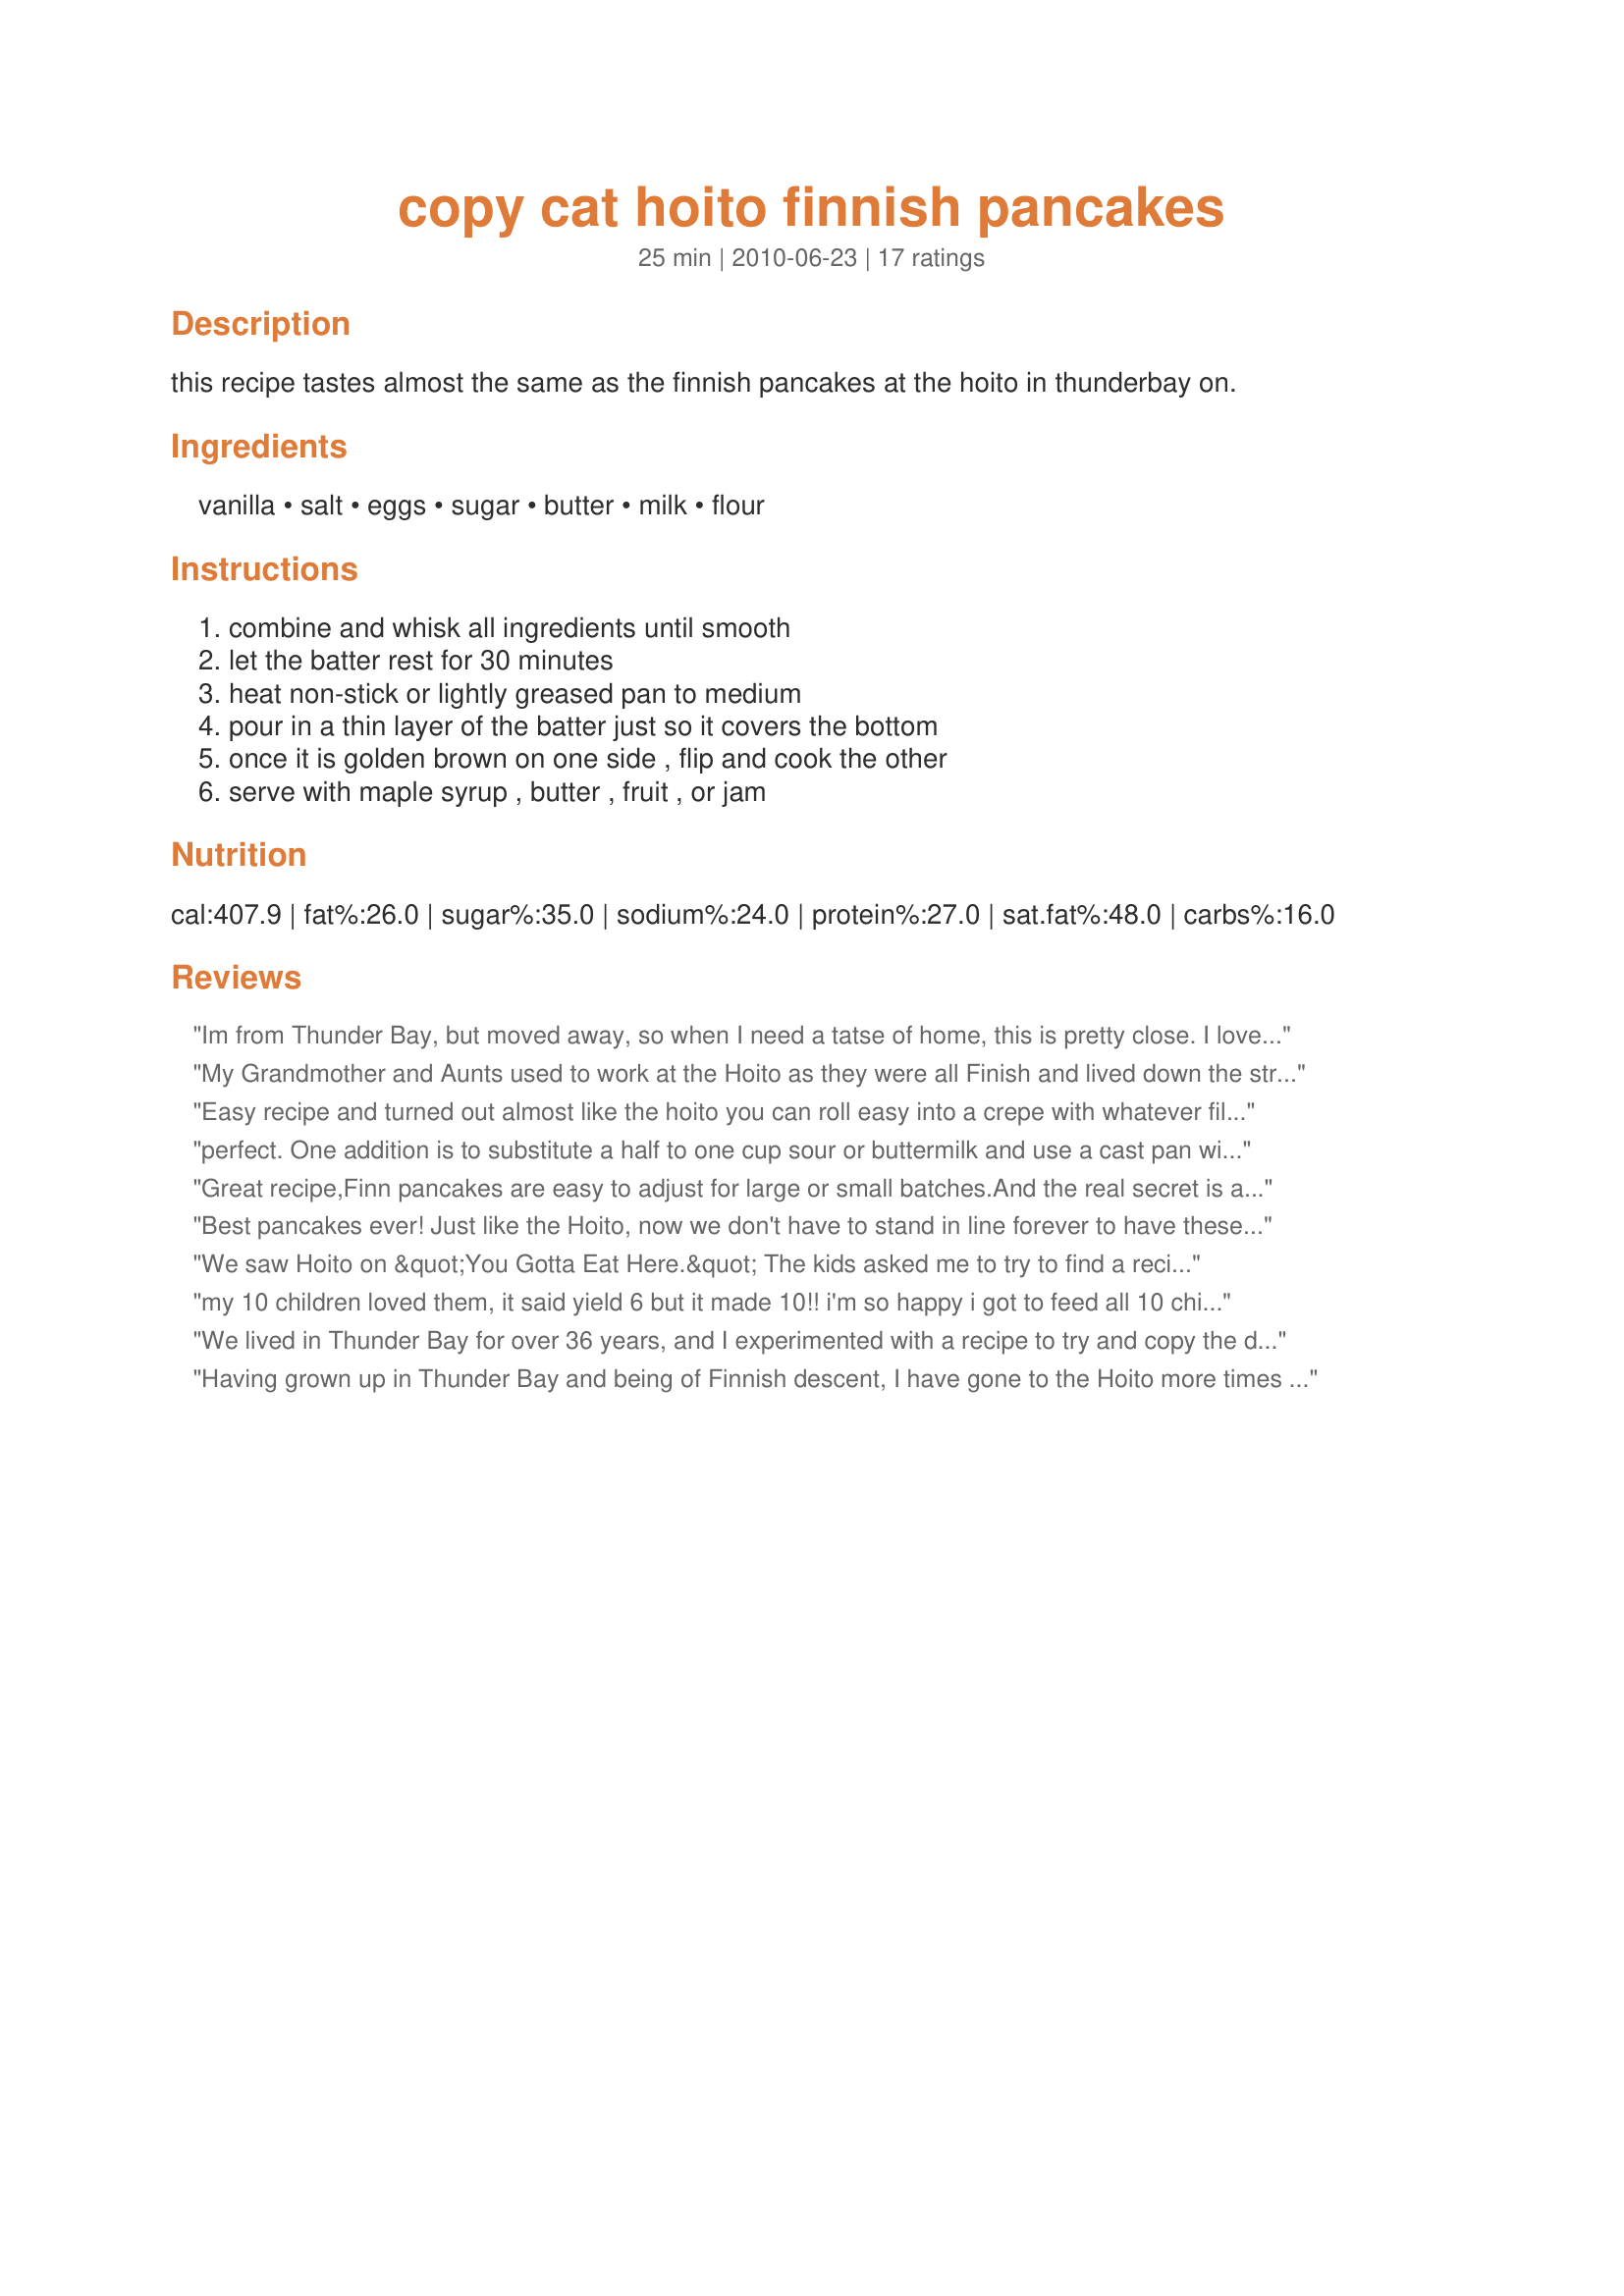
copy cat hoito finnish pancakes
Preparation time: 25 minutes

this recipe tastes almost the same as the finnish pancakes at the hoito in thunderbay on.

Ingredients:
vanilla, salt, eggs, sugar, butter, milk, flour

Steps:
combine and whisk all ingredients until smooth, let the batter rest for 30 minutes, heat non-stick or lightly greased pan to medium, pour in a thin layer of the batter just so it covers the bottom, once it is golden brown on one side , flip and cook the other, serve with maple syrup , butter , fruit , or jam

Reviews:
Im from Thunder Bay, but moved away, so when I need a tatse of home, this is pretty close. I love it!
My Grandmother and Aunts used to work at the Hoito as they were all Finish and lived down the street. Here&#039;s my Grandma&#039;s recipe I got out of her hand written recipe book. She once told me that the Hoito uses her Mom&#039;s recipe for pancakes. &lt;br/&gt;&lt;br/&gt;4 eggs&lt;br/&gt;2 cups Milk&lt;br/&gt;1 Cup Flour&lt;br/&gt;1 pinch baking soda&lt;br/&gt;1/2 tsp salt&lt;br/&gt;&lt;br/&gt;Throw it all in a blender and combine it all. Let it rest 1/2 hour or whatever.&lt;br/&gt;&lt;br/&gt;I&#039;ve never added butter to the batter but would try. I also add 1 tsp vanilla, and a little bit of sugar. &lt;br/&gt;&lt;br/&gt;I like to melt 1/2 a cup of butter so that when you&#039;re frying your pancakes you have already melted butter and don&#039;t have to wait for it to melt each time. Also I think it&#039;s important to use a cast iron pan. I usually set up 2 and whip out pancakes.
Easy recipe and turned out almost like the hoito you can roll easy into a crepe with whatever filling you desire !! Bring from a Thunder Bay I&#039;m pretty impressed
perfect. One addition is to substitute a half to one cup sour or buttermilk and use a cast pan with generous dab of butter quite hot which adds to the crunchy edges and bubbles much like the flat top stove they surely use
Great recipe,Finn pancakes are easy to adjust for large or small batches.And the real secret is a hot cast iron frying pan.Honest give it a try.
Best pancakes ever! Just like the Hoito, now we don't have to stand in line forever to have these tender goodies. My daughter loves them, quote " I love the crunchie parts!" No I didn't burn them, but they do have a yummy crunch on the outside if you golden them to perfection. Enjoy the taste of Thunder Bay. Someone should put a "persian" recipe on here too...*
We saw Hoito on &quot;You Gotta Eat Here.&quot; The kids asked me to try to find a recipe because the pancakes looked so good. These are amazing and are requested several times a week!!
my 10 children loved them, it said yield 6 but it made 10!! i'm so happy i got to feed all 10 children. nice !!
We lived in Thunder Bay for over 36 years, and I experimented with a recipe to try and copy the delicious Hoito pancakes. Finally came up with a formula that made it easy to change the number of servings. My recipe makes a thin batter, but it has worked for me for the last 50 years: same amount of flour and milk, and twice as many eggs. For example: 1 cup flour, 1 cup milk and 2 eggs. Then add a little melted butter, sprinkle of salt, and a bit of vanilla. It&#039;s important to have a really hot pan, therefore a non-stick doesn&#039;t work very well. I always use a cast iron pan, with a small amount of oil (before each pancake). Pour in a ladle full of batter, tilt the pan to distribute the batter, cook for only a minute and flip. Delicious!
Having grown up in Thunder Bay and being of Finnish descent, I have gone to the Hoito more times than I can remember. Over the years, I have tried to replicate these pancakes at home but they have never tasted close. This is the best recipe I have tried - the vanilla adds that bit of extra flavour that makes Hoito pancakes taste unique. With that said though, the most important ingredient in this recipe is the melted butter in the batter and the refrigeration time. The melted butter when cooled in the batter distributes little butter 'buds' throughout and that is what is responsible for making the little popped bubble texture in the Hoito pancakes when cooked. Thanks for sharing this one, it goes into my cookbook permanently!
Love this recipe, the difference is in the pan used!
I always use a cast iron pan!
Hi, I'm from Thunder Bay and this taste very close to our famous little restaurant; the Hoito. The only difference is you have to do the dishes after... :)
This recipe is great!! The batch was doubled, and only needed to sit for about 20 minutes. About a half a cup was used in an approximately 10 inch pan. You could probably get away with less.
I'm not a pancake expert but this recipe was amazing and just like hoitos.. this will be my go to... so easy to make..
Adding the butter to the batter made these pancake greasy. Going to try again without adding the butter.
My son tripled a batch and we served up with 4 different syrups....yum....this recipe getting taped to the indoor of the cupboard for easy access along side our most served up weekend pancakes
So Close to the Hoito it is not even funny! These pancakes turned out fabulously! Now I don&#039;t have to travel all the way back to Thunder Bay to get this delicious treat! Thanks for the recipe!
